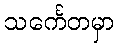
သင်္ကေတမှာ